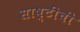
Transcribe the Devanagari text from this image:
साष्टीची